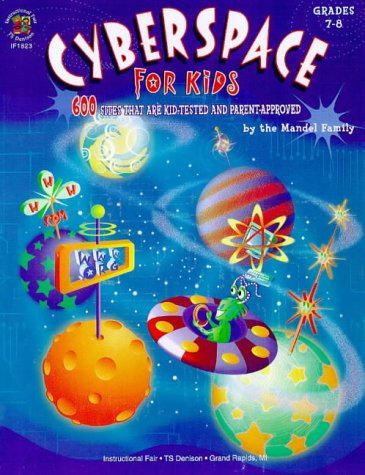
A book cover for Cyberspace for Kids 7-8: 600 Sites That Are Kid-Tested and Parent-Approved; Mandel Family; Computers & Technology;